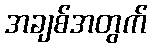
အချစ်အတွက်